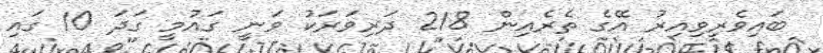
ބައިވެރިވިއިރު އޭގެ ތެރެއިން 218 ދަރިވަރަކު ވަނީ ގައުމީ ގަދަ 10 ގައި